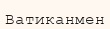
Ватиканмен